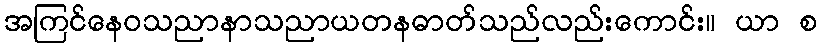
အကြင်နေဝသညာနာသညာယတနဓာတ်သည်လည်းကောင်း။ ယာ စ